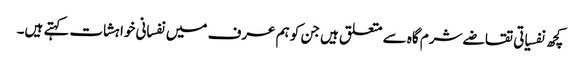
کچھ نفسیاتی تقاضے شرم گاہ سے متعلق ہیں جن کو ہم عرف میں نفسانی خواہشات کہتے ہیں۔